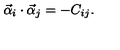
\vec { \alpha } _ { i } \cdot \vec { \alpha } _ { j } = - C _ { i j } .